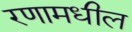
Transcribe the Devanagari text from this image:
रणामधील